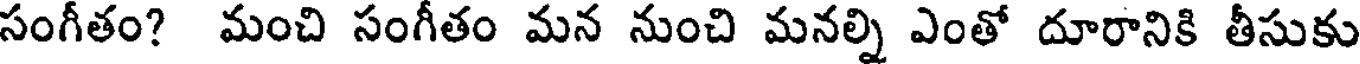
సంగీతం? మంచి సంగీతం మన నుంచి మనల్ని ఎంతో దూరానికి తీసుకు